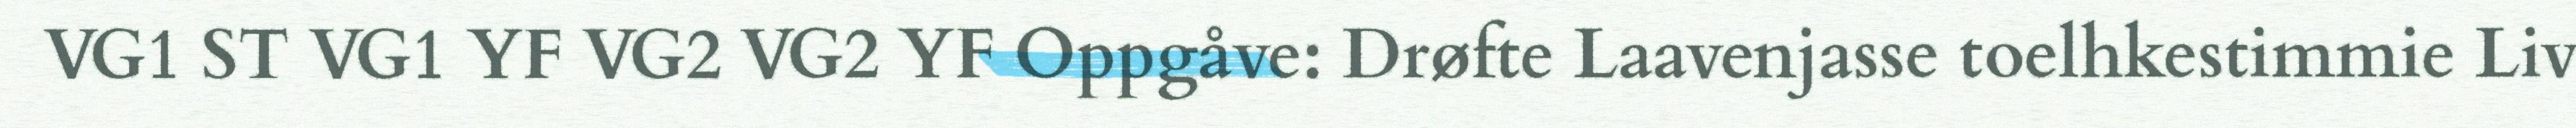
VG1 ST VG1 YF VG2 VG2 YF Oppgåve: Drøfte Laavenjasse toelhkestimmie Liv